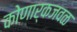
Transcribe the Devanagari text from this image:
कोणार्कजवळ